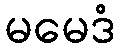
မမေဒံ